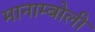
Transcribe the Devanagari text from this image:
मानाम्बोली